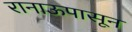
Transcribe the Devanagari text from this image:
रानाऊपासून